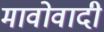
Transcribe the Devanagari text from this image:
मावोवादी